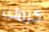
كرمك